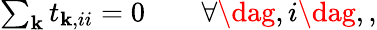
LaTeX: \begin{array}{r}{\sum_{\mathbf{k}}t_{\mathbf{k},ii}=0\qquad\forall\dag,i\dag,,}\end{array}